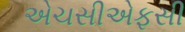
એચસીએફસી